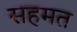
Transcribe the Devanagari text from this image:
सहमत